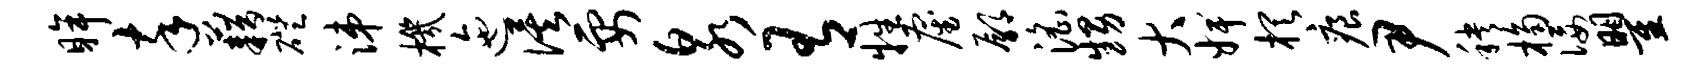
眸卒藉磴涕机迤俟要泉有牲雇鄢淫甥大婢棋痕尹秧桷佞瞿